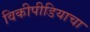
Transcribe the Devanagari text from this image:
विकीपीडियाचा